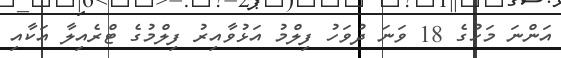
އަންނަ މަހުގެ 18 ވަނަ ދުވަހު ފިލްމު އަޅުވާއިރު ފިލްމުގެ ޓްރެއިލާ އަކާއި